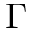
\Gamma